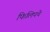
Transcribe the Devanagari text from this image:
फिलिपचे